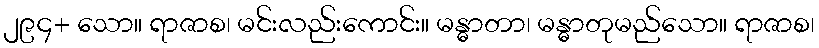
၂၉၄+ သော။ ရာဇာစ၊ မင်းလည်းကောင်း။ မန္ဓာတာ၊ မန္ဓာတုမည်သော။ ရာဇာစ၊